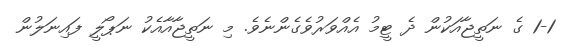
1-1 ގެ ނަތީޖާއަކުން ދެ ޓީމު އެއްވަރުވެގެންނެވެ. މި ނަތީޖާއާއެކު ނަޕޯލީ ފައިނަލުން